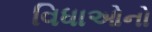
વિધાઓનો